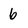
Character: 6